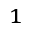
^ 1